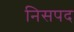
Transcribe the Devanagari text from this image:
निसपद